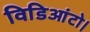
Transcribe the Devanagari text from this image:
विडिआंटो।